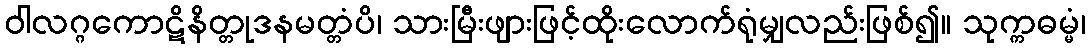
ဝါလဂ္ဂကောဋိနိတ္တုဒနမတ္တံပိ၊ သားမြီးဖျားဖြင့်ထိုးလောက်ရုံမျှလည်းဖြစ်၍။ သုက္ကဓမ္မံ၊